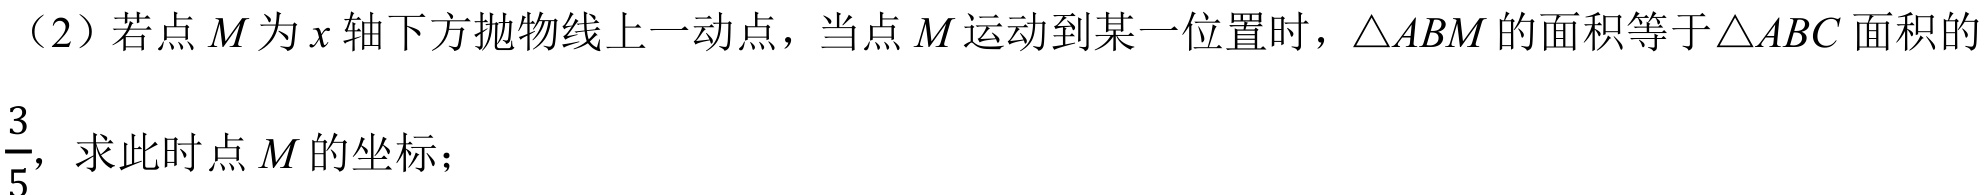
（2）若点 \(M\) 为 \(x\) 轴下方抛物线上一动点，当点 \(M\) 运动到某一位置时，\(\triangle ABM\) 的面积等于\(\triangle ABC\) 面积的\(\dfrac{3}{5}\)，求此时点 \(M\) 的坐标；